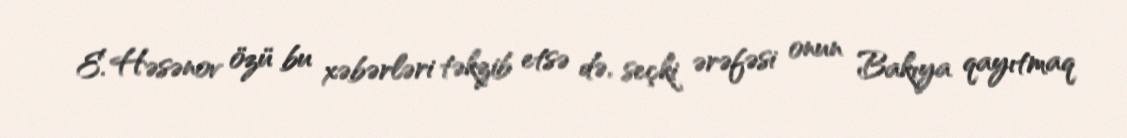
E. Həsənov özü bu xəbərləri təkzib etsə də, seçki ərəfəsi onun Bakıya qayıtmaq